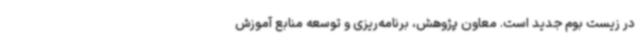
در زیست بوم جدید است. معاون پژوهش، برنامه‌ریزی و توسعه منابع آموزش